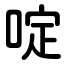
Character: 啶